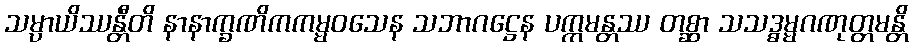
သမ္ပာယိဿန္တီတိ နာနာက္ခဏိကကမ္မဝသေန သဘာဂဋ္ဌေန ပက္ကမန္တဿ တစ္ဆာ သသဒ္ဓမ္မဂဏုတ္တမန္တိ